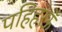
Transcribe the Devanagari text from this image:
पहिहरऊँ